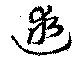
逑